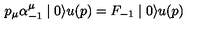
p _ { \mu } \alpha _ { - 1 } ^ { \mu } \mid 0 \rangle u ( p ) = F _ { - 1 } \mid 0 \rangle u ( p )